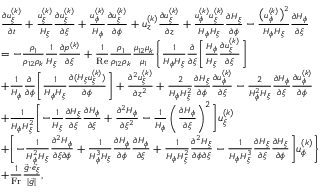
\begin{array} { r l } & { \begin{array} { r l } & { \frac { \partial u _ { \xi } ^ { ( k ) } } { \partial t } + \frac { u _ { \xi } ^ { ( k ) } } { H _ { \xi } } \frac { \partial u _ { \xi } ^ { ( k ) } } { \partial \xi } + \frac { u _ { \phi } ^ { ( k ) } } { H _ { \phi } } \frac { \partial u _ { \xi } ^ { ( k ) } } { \partial \phi } + u _ { z } ^ { ( k ) } \frac { \partial u _ { \xi } ^ { ( k ) } } { \partial z } + \frac { u _ { \phi } ^ { ( k ) } u _ { \xi } ^ { ( k ) } } { H _ { \phi } H _ { \xi } } \frac { \partial H _ { \xi } } { \partial \phi } - \frac { \big ( u _ { \phi } ^ { ( k ) } \big ) ^ { 2 } } { H _ { \phi } H _ { \xi } } \frac { \partial H _ { \phi } } { \partial \xi } } \\ & { = - \frac { \rho _ { 1 } } { \rho _ { 1 2 } \rho _ { k } } \frac { 1 } { H _ { \xi } } \frac { \partial p ^ { ( k ) } } { \partial \xi } + \frac { 1 } { \mathrm { R e } } \frac { \rho _ { 1 } } { \rho _ { 1 2 } \rho _ { k } } \frac { \mu _ { 1 2 } \mu _ { k } } { \mu _ { 1 } } \Biggl \{ \frac { 1 } { H _ { \phi } H _ { \xi } } \frac { \partial } { \partial \xi } \biggl [ \frac { H _ { \phi } } { H _ { \xi } } \frac { \partial u _ { \xi } ^ { ( k ) } } { \partial \xi } \biggr ] } \\ & { + \frac { 1 } { H _ { \phi } } \frac { \partial } { \partial \phi } \biggl [ \frac { 1 } { H _ { \phi } H _ { \xi } } \frac { \partial ( H _ { \xi } u _ { \xi } ^ { ( k ) } ) } { \partial \phi } \biggr ] + \frac { \partial ^ { 2 } u _ { \xi } ^ { ( k ) } } { \partial z ^ { 2 } } + \frac { 2 } { H _ { \phi } H _ { \xi } ^ { 2 } } \frac { \partial H _ { \xi } } { \partial \phi } \frac { \partial u _ { \phi } ^ { ( k ) } } { \partial \xi } - \frac { 2 } { H _ { \phi } ^ { 2 } H _ { \xi } } \frac { \partial H _ { \phi } } { \partial \xi } \frac { \partial u _ { \phi } ^ { ( k ) } } { \partial \phi } } \\ & { + \frac { 1 } { H _ { \phi } H _ { \xi } ^ { 2 } } \biggl [ - \frac { 1 } { H _ { \xi } } \frac { \partial H _ { \xi } } { \partial \xi } \frac { \partial H _ { \phi } } { \partial \xi } + \frac { \partial ^ { 2 } H _ { \phi } } { \partial \xi ^ { 2 } } - \frac { 1 } { H _ { \phi } } \left( \frac { \partial H _ { \phi } } { \partial \xi } \right) ^ { 2 } \biggr ] u _ { \xi } ^ { ( k ) } } \\ & { + \biggl [ - \frac { 1 } { H _ { \phi } ^ { 2 } H _ { \xi } } \frac { \partial ^ { 2 } H _ { \phi } } { \partial \xi \partial \phi } + \frac { 1 } { H _ { \phi } ^ { 3 } H _ { \xi } } \frac { \partial H _ { \phi } } { \partial \phi } \frac { \partial H _ { \phi } } { \partial \xi } + \frac { 1 } { H _ { \phi } H _ { \xi } ^ { 2 } } \frac { \partial ^ { 2 } H _ { \xi } } { \partial \phi \partial \xi } - \frac { 1 } { H _ { \phi } H _ { \xi } ^ { 3 } } \frac { \partial H _ { \xi } } { \partial \xi } \frac { \partial H _ { \xi } } { \partial \phi } \biggr ] u _ { \phi } ^ { ( k ) } \Biggr \} } \\ & { + \frac { 1 } { \mathrm { F r } } \frac { \vec { g } \cdot \vec { e _ { \xi } } } { | \vec { g } | } , } \end{array} } \end{array}